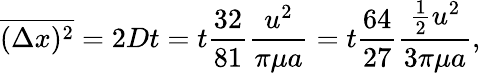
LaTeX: {\overline{{(\Delta x)^{2}}}}=2Dt=t{\frac{32}{81}}{\frac{u^{2}}{\pi\mu a}}=t{\frac{64}{27}}{\frac{{\frac{1}{2}}u^{2}}{3\pi\mu a}},